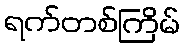
ရက်တစ်ကြိမ်